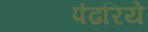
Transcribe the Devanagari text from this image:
पंढरिये